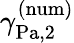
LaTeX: \gamma_{\mathrm{{Pa,2}}}^{\mathrm{{(num)}}}